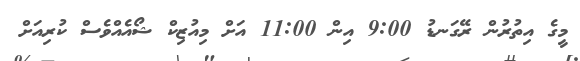
މީގެ އިތުރުން ރޭގަނޑު 9:00 އިން 11:00 އަށް މިއުޒިކް ޝޯއެއްވެސް ކުރިއަށް